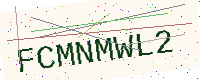
Text: FCMNMWL2